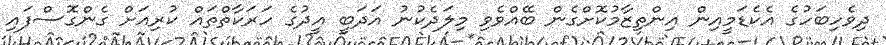
ދިވެހިބަހުގެ އެކެޑަމީއިން އިންތިޒާމުކޮށްގެން ބޭއްވެވި މިލަދެކުނު އަދަބީ އީދުގެ ހަރަކާތްތައް ކުރިއަށް ގެންގޮސްފައި